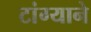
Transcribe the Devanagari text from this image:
टांग्याने